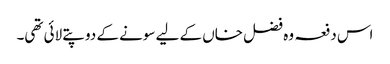
اس دفعہ وہ فضل خاں کے لیے سونے کے دو پتے لائی تھی۔